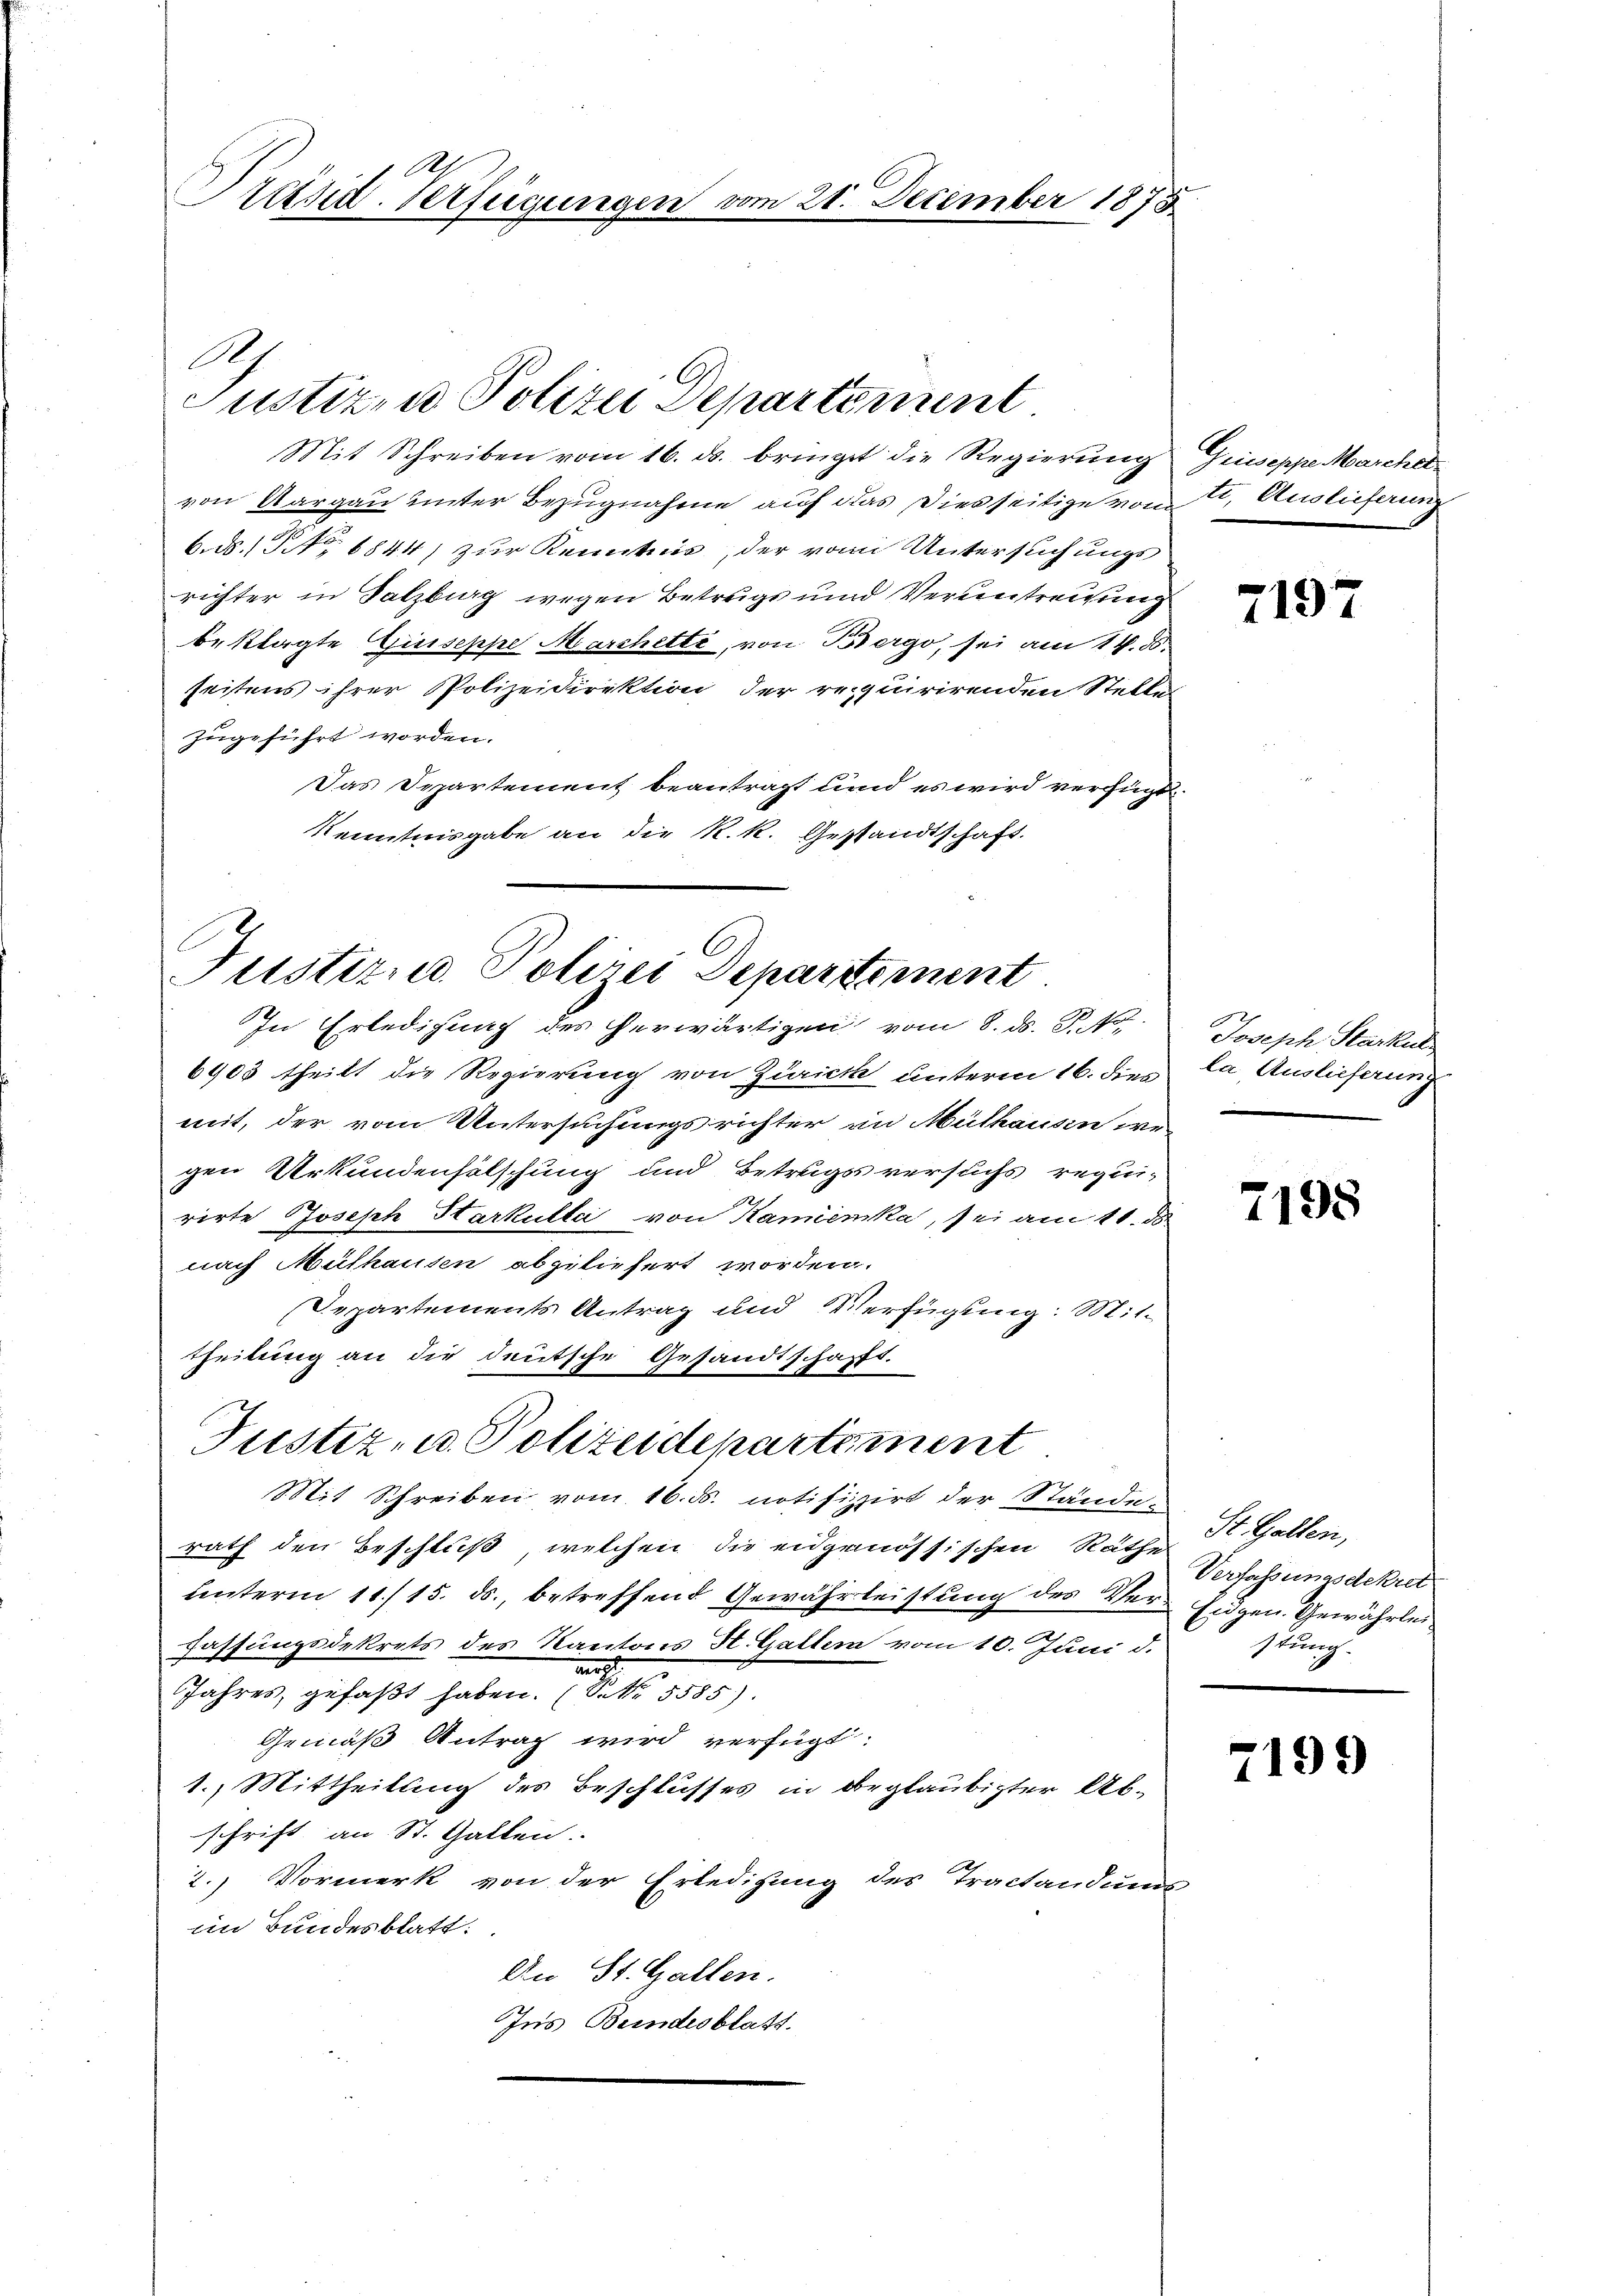
Präsid. Verfügung

Mit Schreiben vom 16. ds. bringt die Regierung Griseppe Marchelvon Aargau unter Bezugnahme auf das Diesseitige vom 2t. Auslieferung
6.ds.1 No 1844 zur Kenntnis, der vom Untersuchungs
richter in Salzburg wegen Betrugs und Veruntreichung
beklagte Guseppe Marchetti, von Bergo, sei am 14. 50
seitens ihrer Polizeidirektion der requirirenden Stelle
zugeführt worden.
Das Departement beantragt und es wird verfügt.
Kenntnisgabe an die K. K. Gestandtschaft.

A

Justiz- u Polizei Departement

21. Dezember 1873.

Justizd Polizei Departement
In Erledigung des herwärtigen vom 8. ds. P. Nr.

6903 theilt die Regierung von Zürich unterm 16. dies la, Auslieferung
mit, der vom Untersuchungsrichter an Müthausen we
gen Urkundenfelschung und Betrugs versuchs requis
rirte Joseph Starkulta von Kamenka, sei am 11. d
nach Mülhausen abgeliefert worden.
Departements Antrag und Verfügung: Mit-
theilung an die deutsche Gesandtschafft.

Justiz- u. Polizeidepartement
Mit Schreiben vom 16. ds. notifizirt der Stände.

rath den Beschluß, welchen die eidgenössischen Räthe
unterm 11./15. ds., betreffend Gewährleistung des Ver- Eidgen. Gewährlei
Fassungsdekrets des Kantons St. Galler vom 10. Juni d.
ir
Jahres, gefaßt haben. (NNo. 5585).
Gemäß Antrag wird verfügt:
1.) Mittheilung des Beschlusses in beglaubigter Abschrift an St. Gallen.
2.) Vormerk von der Erledigung des Tractandums-
im Bundesblatt:
An St. Gallen.
Ins Bundesblatt.

7197

Joseph Starkul

7198

St. Gallen,
Verfassungsdekret
stung.

7199